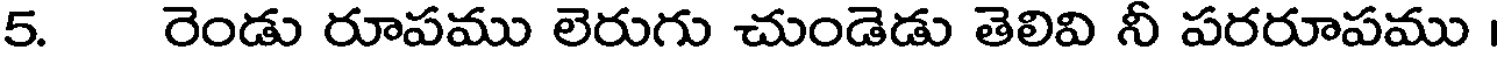
5. రెండు రూపము లెరుగు చుండెడు తెలివి నీ పరరూపము